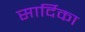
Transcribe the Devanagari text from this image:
सार्दिका